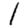
Digit: 1